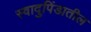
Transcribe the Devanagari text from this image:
स्वादुपिंडातील